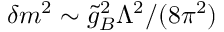
\delta m ^ { 2 } \sim \ensuremath { \tilde { g } _ { B } } ^ { 2 } \Lambda ^ { 2 } / ( 8 \pi ^ { 2 } )